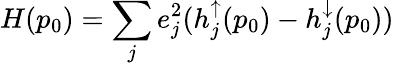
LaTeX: H(p_{0})=\sum_{j}e_{j}^{2}(h_{j}^{\uparrow}(p_{0})-h_{j}^{\downarrow}(p_{0}))